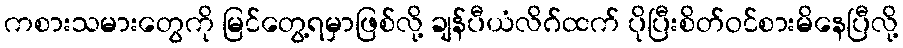
ကစားသမားတွေကို မြင်တွေ့ရမှာဖြစ်လို့ ချန်ပီယံလိဂ်ထက် ပိုပြီးစိတ်ဝင်စားမိနေပြီလို့